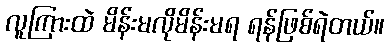
လူကြားထဲ မိန်းမလိုမိန်းမရ ရန်ဖြစ်ရဲတယ်။